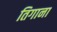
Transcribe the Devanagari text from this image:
तिगाना